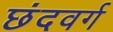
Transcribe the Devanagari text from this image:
छंदवर्ग